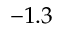
- 1 . 3